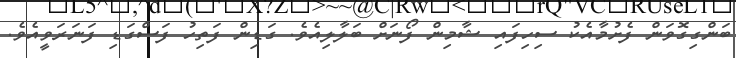
ބަންގިގޮވަން ފެށުމާއެކު ސިހިފައި ޝާމިން ފޯނަށް ބަލާލިއެވެ. ގަޑިން ފަތިހު ފަސްގަޑި ފަނަރަވީއެވެ.